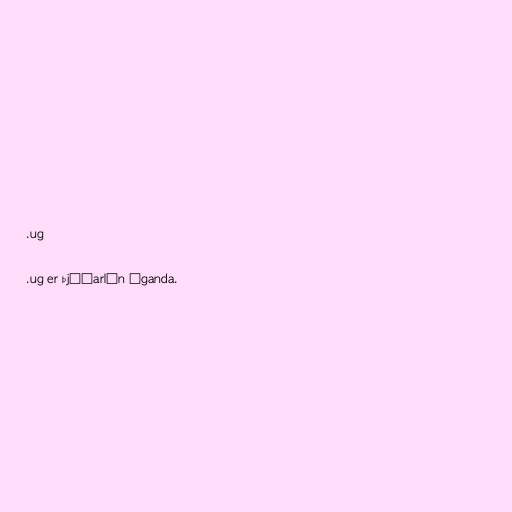
.ug

.ug er þjóðarlén Úganda.